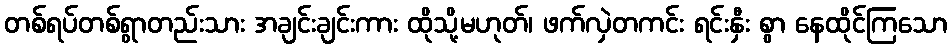
တစ်ရပ်တစ်ရွာတည်းသား အချင်းချင်းကား ထိုသို့မဟုတ်၊ ဖက်လှဲတကင်း ရင်းနှီး စွာ နေထိုင်ကြသော